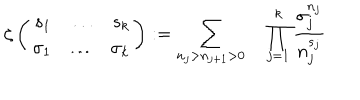
\zeta \left( \begin{array} { r c r } { { s _ { 1 } } } & { { \ldots } } & { { s _ { k } } } \\ { { \sigma _ { 1 } } } & { { \ldots } } & { { \sigma _ { k } } } \\ \end{array} \right) : = \sum _ { n _ { j } > n _ { j + 1 } > 0 } \quad \prod _ { j = 1 } ^ { k } \frac { \sigma _ { j } ^ { n _ { j } } } { n _ { j } ^ { s _ { j } } }